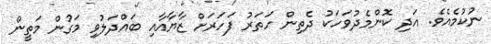
ނުކުމެއެވެ. އަދި ކޮންމެދުވަހަކު ދެތިން ހަތަރު ފަހަރަށް ޒާޔާއާއި ބައްދަލުވި މަގުން މަތީން